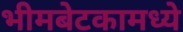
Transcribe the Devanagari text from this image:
भीमबेटकामध्ये